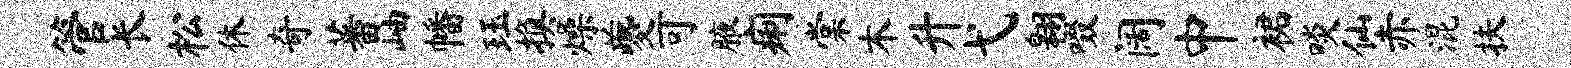
管长松休奇蕃岫幡珏换燥夔可腋痢棠木升弋翱啜阔中裙啖仙赤混扶